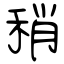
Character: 稍